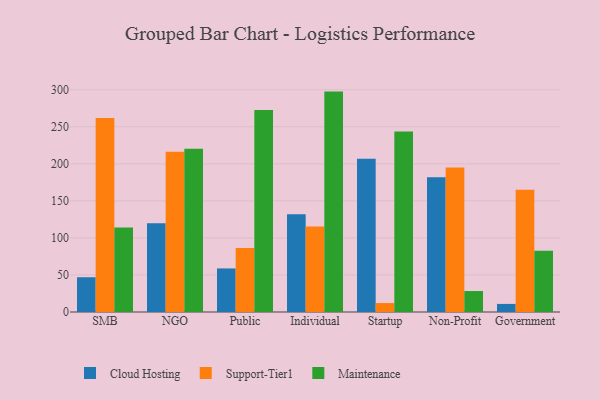
{"axis": {"x": "Segment", "y": "Operating Costs (USD K)"}, "legend": ["Cloud Hosting", "Maintenance", "Support-Tier1"], "data": [{"x": "SMB", "y": 46.9, "type": "Cloud Hosting"}, {"x": "SMB", "y": 261.8, "type": "Support-Tier1"}, {"x": "SMB", "y": 114.2, "type": "Maintenance"}, {"x": "NGO", "y": 119.8, "type": "Cloud Hosting"}, {"x": "NGO", "y": 216.3, "type": "Support-Tier1"}, {"x": "NGO", "y": 220.3, "type": "Maintenance"}, {"x": "Public", "y": 58.8, "type": "Cloud Hosting"}, {"x": "Public", "y": 86.4, "type": "Support-Tier1"}, {"x": "Public", "y": 272.8, "type": "Maintenance"}, {"x": "Individual", "y": 132.1, "type": "Cloud Hosting"}, {"x": "Individual", "y": 115.3, "type": "Support-Tier1"}, {"x": "Individual", "y": 297.5, "type": "Maintenance"}, {"x": "Startup", "y": 207.0, "type": "Cloud Hosting"}, {"x": "Startup", "y": 12.1, "type": "Support-Tier1"}, {"x": "Startup", "y": 243.6, "type": "Maintenance"}, {"x": "Non-Profit", "y": 181.8, "type": "Cloud Hosting"}, {"x": "Non-Profit", "y": 195.2, "type": "Support-Tier1"}, {"x": "Non-Profit", "y": 28.3, "type": "Maintenance"}, {"x": "Government", "y": 10.9, "type": "Cloud Hosting"}, {"x": "Government", "y": 165.0, "type": "Support-Tier1"}, {"x": "Government", "y": 82.8, "type": "Maintenance"}]}